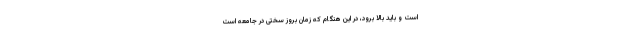
است و باید بالا برود، در این هنگام که زمان بروز سختی در جامعه است